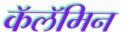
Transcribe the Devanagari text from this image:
कॅलॅमिन